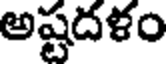
అష్టదళం